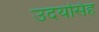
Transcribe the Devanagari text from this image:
उदयसिह